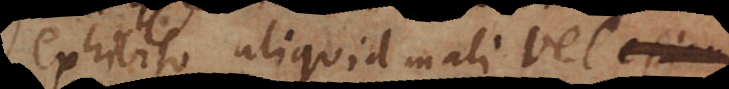
exhibito aliquid mali vel etiam